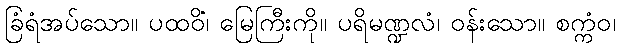
ခြံရံအပ်သော။ ပထဝိံ၊ မြေကြီးကို။ ပရိမဏ္ဍလံ၊ ဝန်းသော။ စက္ကံဝ၊